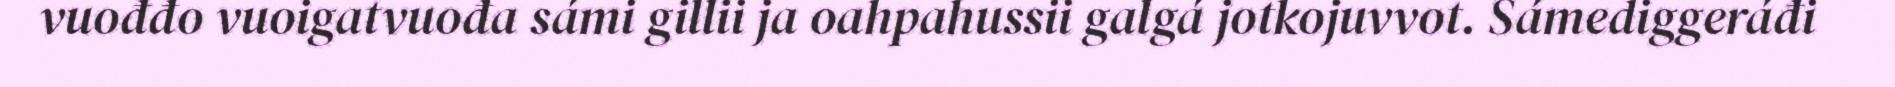
vuođđo vuoigatvuođa sámi gillii ja oahpahussii galgá jotkojuvvot. Sámediggeráđi